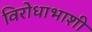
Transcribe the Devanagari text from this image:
विरोधाभाशी